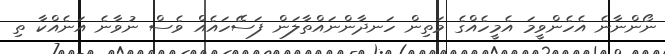
ނޯންނާނެ އެހެންވީމަ އެމީހެއްގެ މަތިން ހަނދާންނައްތާލަން ފަސޭހައެއް ވެސް ނުވާނެ އަނެއްކާ ތި